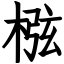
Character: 㭹